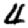
Digit: 4